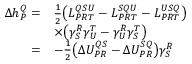
\begin{array} { r l } { \Delta h _ { P } ^ { Q } = } & { \frac { 1 } { 2 } \big ( L _ { P R T } ^ { Q S U } - L _ { P R T } ^ { S Q U } - L _ { P R T } ^ { U S Q } \big ) } \\ & { \times \big ( \gamma _ { S } ^ { R } \gamma _ { U } ^ { T } - \gamma _ { U } ^ { R } \gamma _ { S } ^ { T } \big ) } \\ { = } & { - \frac { 1 } { 2 } \big ( \Delta U _ { P R } ^ { Q S } - \Delta U _ { P R } ^ { S Q } \big ) \gamma _ { S } ^ { R } } \end{array}